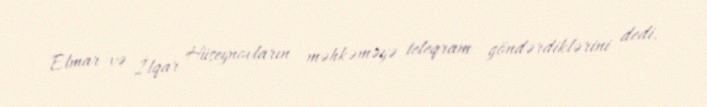
Elmar və İlqar Hüseynovların məhkəməyə teleqram göndərdiklərini dedi.